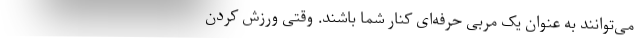
می‌توانند به عنوان یک مربی حرفه‌ای کنار شما باشند. وقتی ورزش کردن